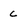
Character: c